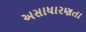
અસાધારણતા